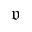
\mathfrak { v }